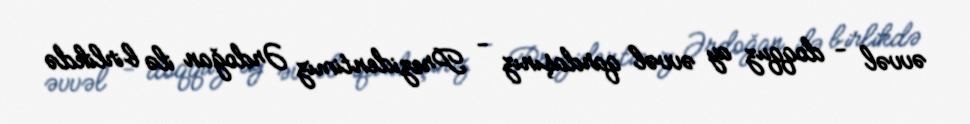
əvvəl - doqquz ay əvvəl qardaşınız - Prezidentimiz Ərdoğan ilə birlikdə